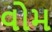
વોમ